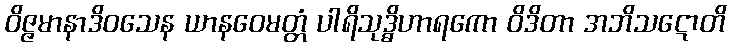
ဝိဇ္ဇမာနာဒိဝသေန ယာနဝေမတ္တံ ပါရိသုဒ္ဓိဟာရကော ဝိဒိတာ အဘိသဋောတိ